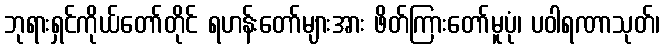
ဘုရားရှင်ကိုယ်တော်တိုင် ရဟန်းတော်များအား ဖိတ်ကြားတော်မူပုံ၊ ပဝါရဏာသုတ်၊